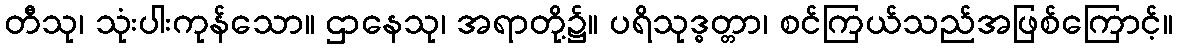
တီသု၊ သုံးပါးကုန်သော။ ဌာနေသု၊ အရာတို့၌။ ပရိသုဒ္ဓတ္တာ၊ စင်ကြယ်သည်အဖြစ်ကြောင့်။